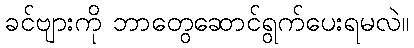
ခင်ဗျားကို ဘာတွေဆောင်ရွက်ပေးရမလဲ။